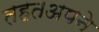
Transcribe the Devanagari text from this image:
तहतअपने